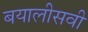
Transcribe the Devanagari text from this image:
बयालीसवीं